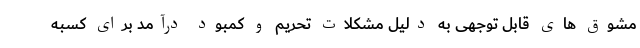
مشوق های قابل توجهی به دلیل مشکلات تحریم و کمبود درآمد برای کسبه